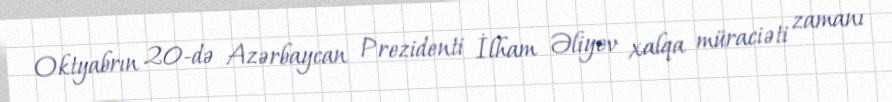
Oktyabrın 20-də Azərbaycan Prezidenti İlham Əliyev xalqa müraciəti zamanı